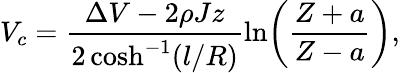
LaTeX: V_{c}=\frac{\Delta V-2\rho Jz}{2\cosh^{-1}(l/R)}\ln\! \left(\frac{Z+a}{Z-a}\right),